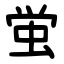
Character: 蛍